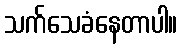
သက်သေခံနေတာပါ။